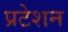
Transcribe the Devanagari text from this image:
प्रटेशन